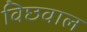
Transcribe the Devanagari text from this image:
विछवाल